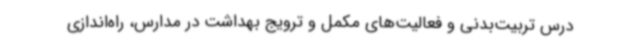
درس تربیت‌بدنی و فعالیت‌های مکمل و ترویج بهداشت در مدارس، راه‌اندازی